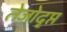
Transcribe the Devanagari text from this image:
तेजोदृप्त